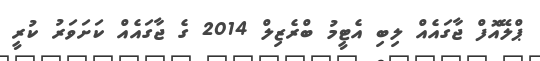
ޕްލޭއޮފް ޖާގައެއް ލިބި އެޓީމު ބްރެޒިލް 2014 ގެ ޖާގައެއް ކަށަވަރު ކުރީ